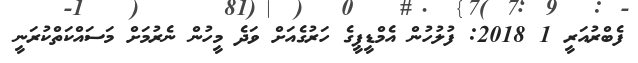
ފެބްރުއަރީ 1 2018: ފުލުހުން އެމްޑީޕީގެ ހަރުގެއަށް ވަދެ މީހުން ނެރުމަށް މަސައްކަތްކުރަނީ